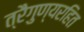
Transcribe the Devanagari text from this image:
त्रैगुण्यरहित